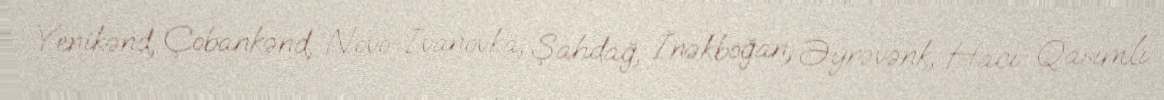
Yenikənd, Çobankənd, Novo-İvanovka, Şahdağ, İnəkboğan, Əyrəvənk, Hacı Qasımlı